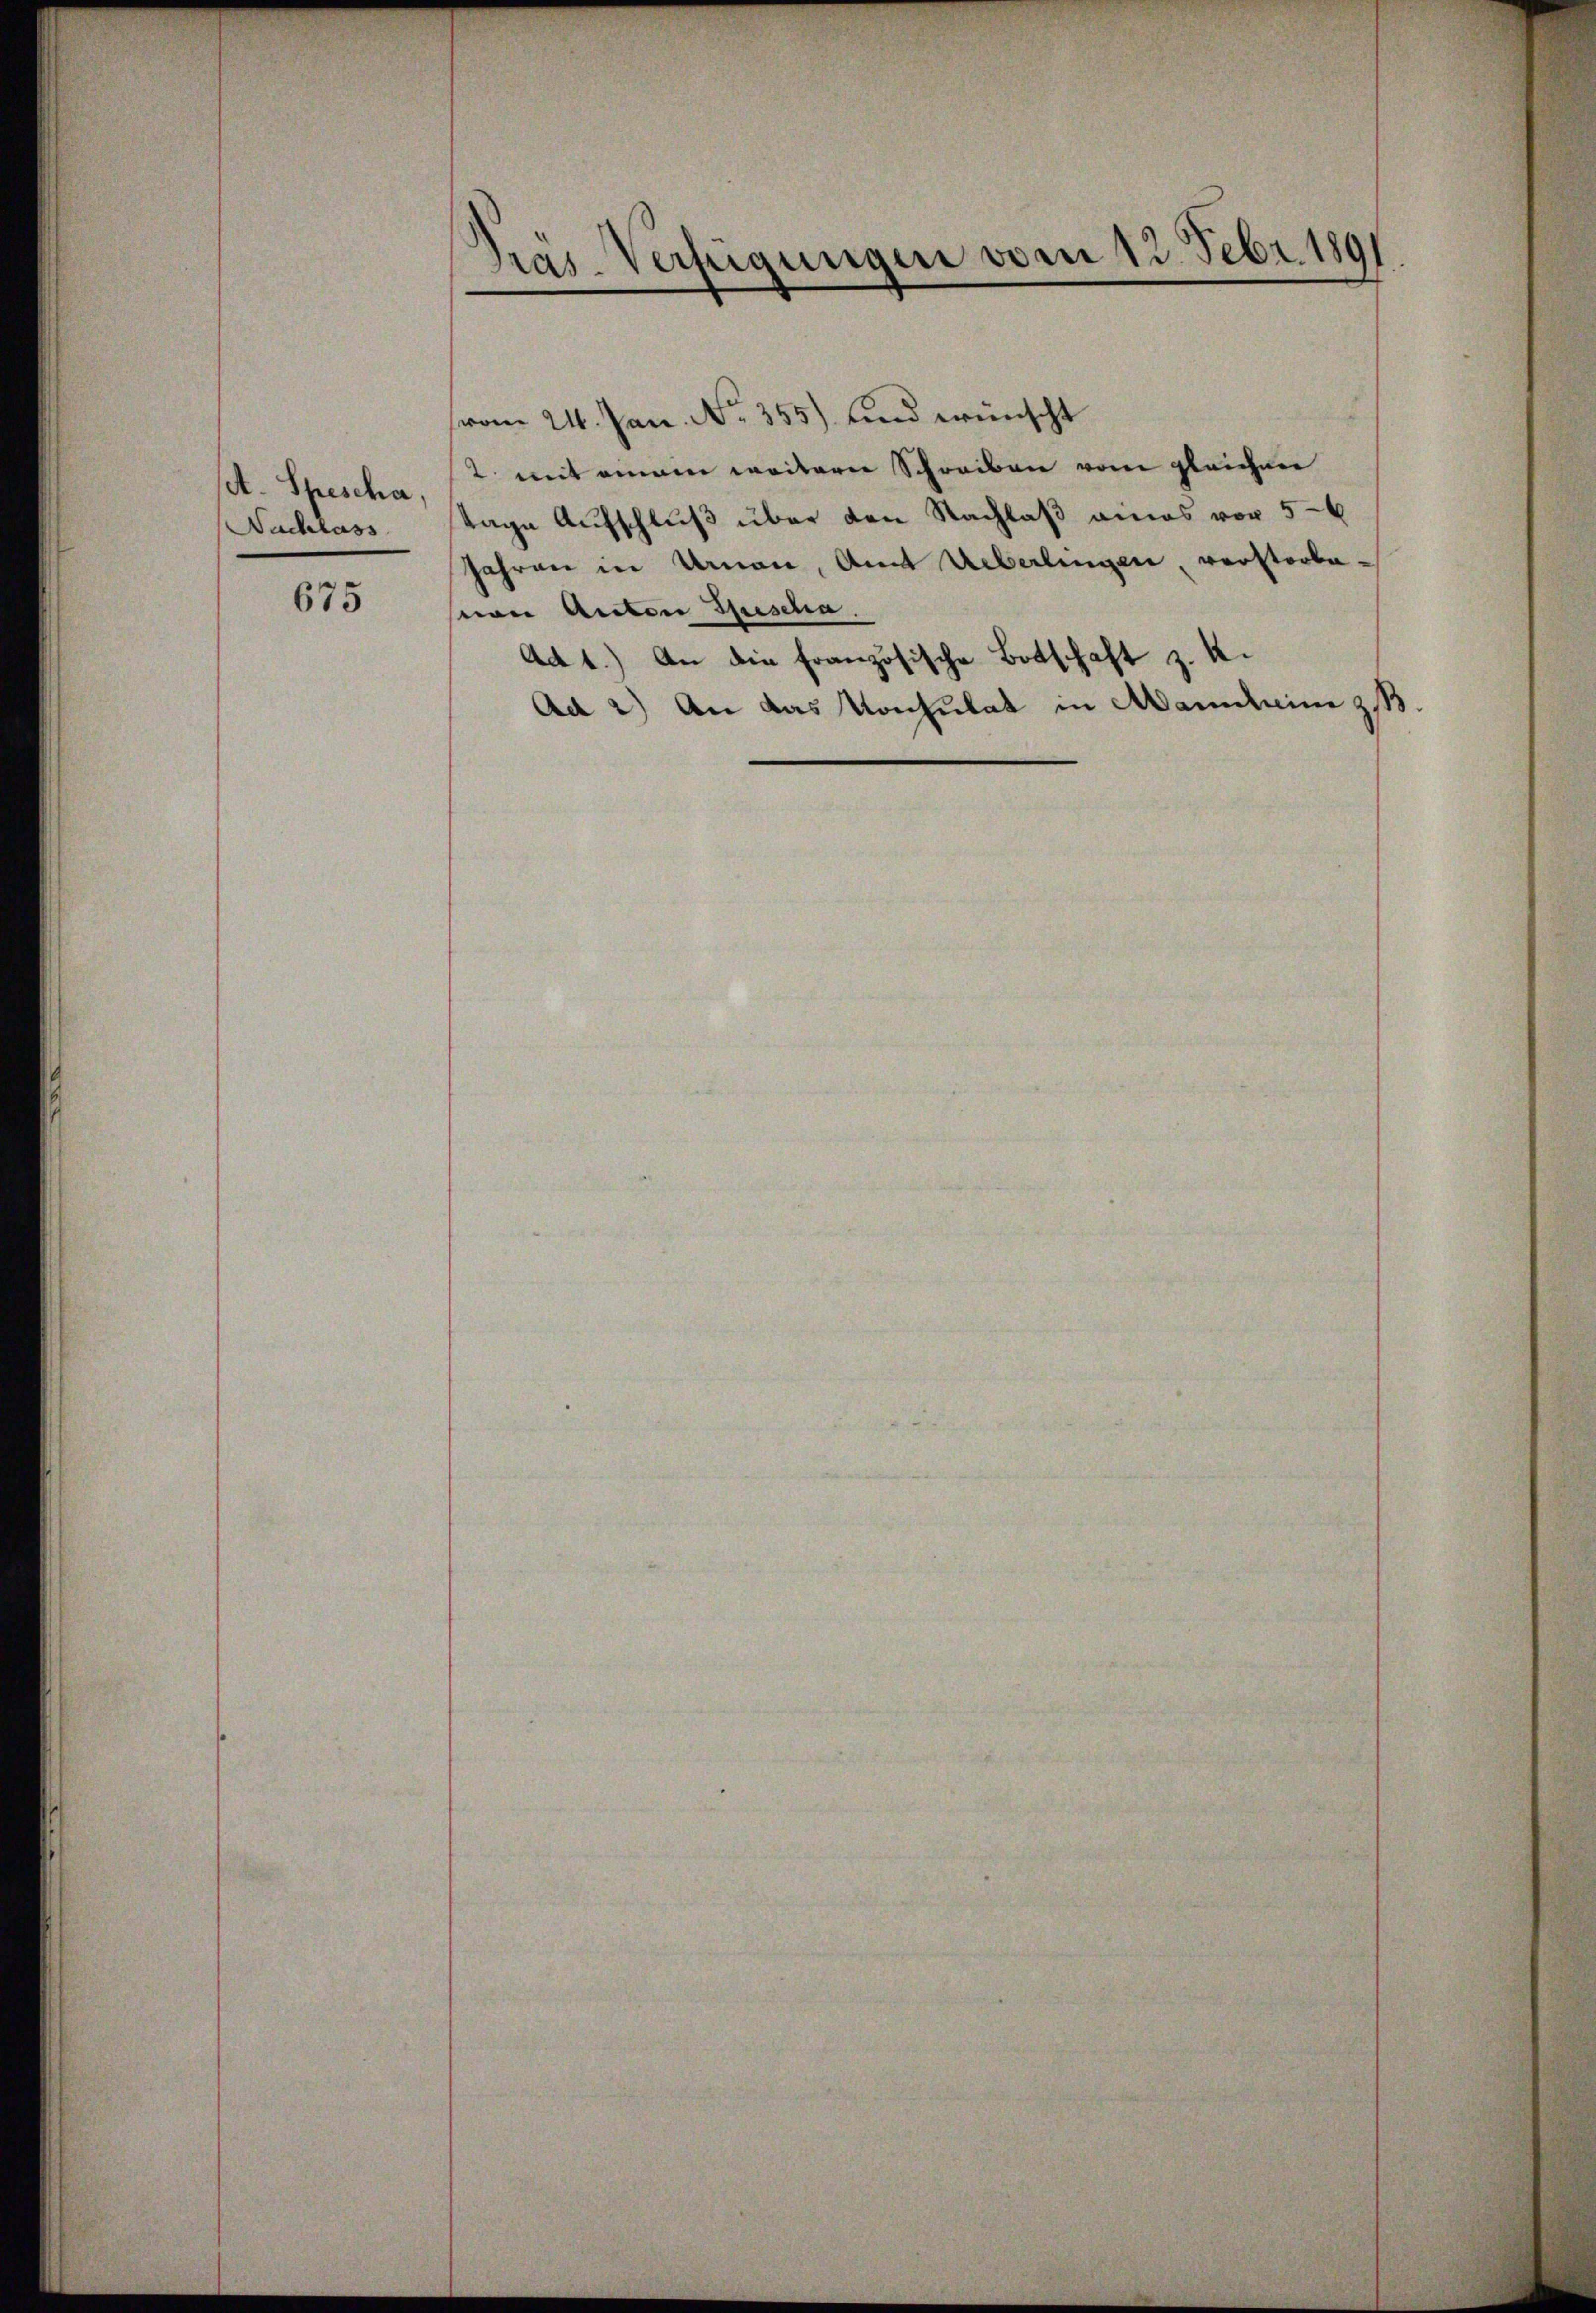
A. Spescha,
Nachlass

675

Pras-Verfügungen vom 12. Febr. 1891

vom 21. Jan. No. 355) und wünscht
2 mit einem weitern Schreiben vom gleichne
tage Aufschluß über den Nachlaß eines vor 5-6
Jahren in Urnau, Amt Ueberlingen, verstorbevon Anton Spescha
Ad 1) An die französische Botschaft z. K.
Ad 2) An das Konsulat in Mannheim z.